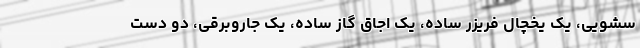
سشویی، یک یخچال فریزر ساده، یک اجاق گاز ساده، یک جاروبرقی، دو دست